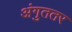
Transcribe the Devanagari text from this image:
अंगुततर